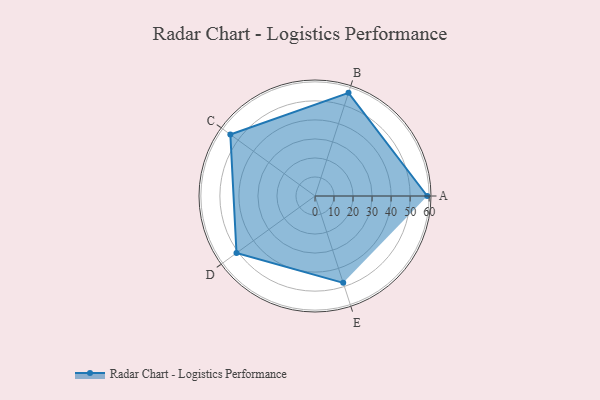
{"axis": {"x": "Skill", "y": "Score"}, "legend": ["Profile"], "data": [{"x": "A", "y": 59.0, "type": "Profile"}, {"x": "B", "y": 57.0, "type": "Profile"}, {"x": "C", "y": 55.0, "type": "Profile"}, {"x": "D", "y": 51.0, "type": "Profile"}, {"x": "E", "y": 48.0, "type": "Profile"}]}